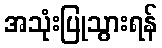
အသုံးပြုသွားရန်